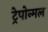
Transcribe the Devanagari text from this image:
ट्रेपोन्मल